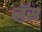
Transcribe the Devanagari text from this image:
जॅस